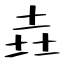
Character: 垚